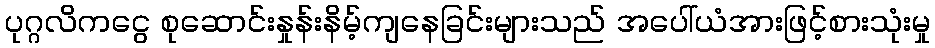
ပုဂ္ဂလိကငွေ စုဆောင်းနှုန်းနိမ့်ကျနေခြင်းများသည် အပေါ်ယံအားဖြင့်စားသုံးမှု